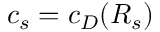
c _ { s } = c _ { D } ( { \cal R } _ { s } )